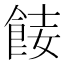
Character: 𩛏